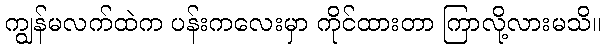
ကျွန်မလက်ထဲက ပန်းကလေးမှာ ကိုင်ထားတာ ကြာလို့လားမသိ။